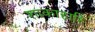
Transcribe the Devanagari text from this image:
शाकाहारि